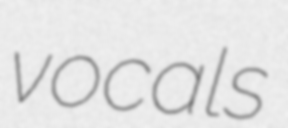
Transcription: vocals